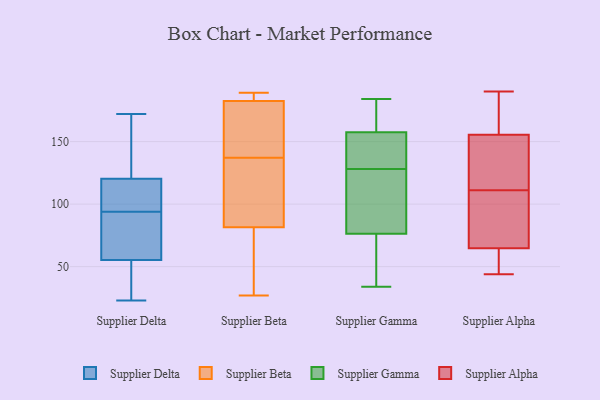
{"axis": {"x": "Customer Acquisition Cost (USD)", "y": "Value"}, "legend": ["Supplier Alpha", "Supplier Beta", "Supplier Delta", "Supplier Gamma"], "data": [{"x": "", "y": 94, "type": "Supplier Delta"}, {"x": "", "y": 111, "type": "Supplier Delta"}, {"x": "", "y": 23, "type": "Supplier Delta"}, {"x": "", "y": 94, "type": "Supplier Delta"}, {"x": "", "y": 90, "type": "Supplier Delta"}, {"x": "", "y": 172, "type": "Supplier Delta"}, {"x": "", "y": 41, "type": "Supplier Delta"}, {"x": "", "y": 170, "type": "Supplier Delta"}, {"x": "", "y": 84, "type": "Supplier Delta"}, {"x": "", "y": 95, "type": "Supplier Delta"}, {"x": "", "y": 120, "type": "Supplier Delta"}, {"x": "", "y": 47, "type": "Supplier Delta"}, {"x": "", "y": 121, "type": "Supplier Delta"}, {"x": "", "y": 58, "type": "Supplier Delta"}, {"x": "", "y": 146, "type": "Supplier Delta"}, {"x": "", "y": 35, "type": "Supplier Delta"}, {"x": "", "y": 100, "type": "Supplier Delta"}, {"x": "", "y": 189, "type": "Supplier Beta"}, {"x": "", "y": 144, "type": "Supplier Beta"}, {"x": "", "y": 73, "type": "Supplier Beta"}, {"x": "", "y": 184, "type": "Supplier Beta"}, {"x": "", "y": 107, "type": "Supplier Beta"}, {"x": "", "y": 27, "type": "Supplier Beta"}, {"x": "", "y": 137, "type": "Supplier Beta"}, {"x": "", "y": 186, "type": "Supplier Beta"}, {"x": "", "y": 62, "type": "Supplier Beta"}, {"x": "", "y": 154, "type": "Supplier Beta"}, {"x": "", "y": 187, "type": "Supplier Beta"}, {"x": "", "y": 178, "type": "Supplier Beta"}, {"x": "", "y": 186, "type": "Supplier Beta"}, {"x": "", "y": 163, "type": "Supplier Beta"}, {"x": "", "y": 63, "type": "Supplier Beta"}, {"x": "", "y": 53, "type": "Supplier Beta"}, {"x": "", "y": 136, "type": "Supplier Beta"}, {"x": "", "y": 119, "type": "Supplier Beta"}, {"x": "", "y": 127, "type": "Supplier Beta"}, {"x": "", "y": 128, "type": "Supplier Gamma"}, {"x": "", "y": 106, "type": "Supplier Gamma"}, {"x": "", "y": 184, "type": "Supplier Gamma"}, {"x": "", "y": 127, "type": "Supplier Gamma"}, {"x": "", "y": 77, "type": "Supplier Gamma"}, {"x": "", "y": 74, "type": "Supplier Gamma"}, {"x": "", "y": 155, "type": "Supplier Gamma"}, {"x": "", "y": 34, "type": "Supplier Gamma"}, {"x": "", "y": 168, "type": "Supplier Gamma"}, {"x": "", "y": 35, "type": "Supplier Gamma"}, {"x": "", "y": 153, "type": "Supplier Gamma"}, {"x": "", "y": 141, "type": "Supplier Gamma"}, {"x": "", "y": 165, "type": "Supplier Gamma"}, {"x": "", "y": 150, "type": "Supplier Alpha"}, {"x": "", "y": 67, "type": "Supplier Alpha"}, {"x": "", "y": 156, "type": "Supplier Alpha"}, {"x": "", "y": 49, "type": "Supplier Alpha"}, {"x": "", "y": 111, "type": "Supplier Alpha"}, {"x": "", "y": 64, "type": "Supplier Alpha"}, {"x": "", "y": 190, "type": "Supplier Alpha"}, {"x": "", "y": 170, "type": "Supplier Alpha"}, {"x": "", "y": 127, "type": "Supplier Alpha"}, {"x": "", "y": 102, "type": "Supplier Alpha"}, {"x": "", "y": 101, "type": "Supplier Alpha"}, {"x": "", "y": 156, "type": "Supplier Alpha"}, {"x": "", "y": 154, "type": "Supplier Alpha"}, {"x": "", "y": 57, "type": "Supplier Alpha"}, {"x": "", "y": 44, "type": "Supplier Alpha"}]}